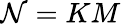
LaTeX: \mathcal{N}=KM